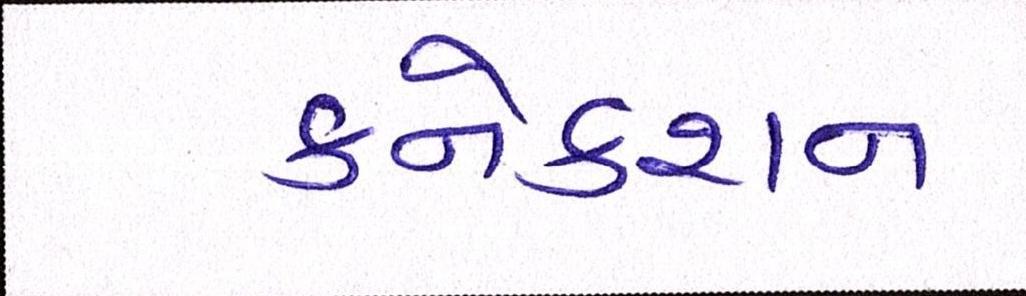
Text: કનેકશન